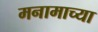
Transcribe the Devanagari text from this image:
मनामाच्या